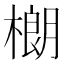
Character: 樃